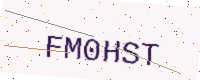
Text: FM0HST